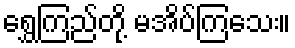
ရွှေကြည်တို့ မအိပ်ကြသေး။